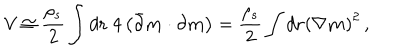
LaTeX: { \cal V } \cong { \frac { \rho _ { s } } { 2 } } \int d { \bf r } ~ 4 \left( \bar { \partial } { \bf m } \cdot { \partial } { \bf m } \right) = { \frac { \rho _ { s } } { 2 } } \int d { \bf r } \left( \nabla { \bf m } \right) ^ { 2 } \, ,